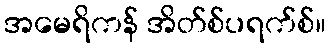
အမေရိကန် အိတ်စ်ပရက်စ်။